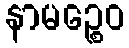
နာမဉ္စေဝ